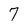
Character: 7